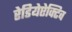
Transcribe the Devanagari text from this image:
रेडियेऐक्टिव